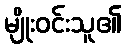
မျိုးဝင်းသူ၏